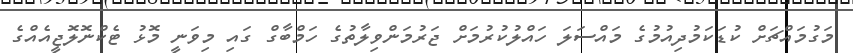
މަގުމައްޗަށް ކުޑަކަމުދިއުމުގެ މައްސަލަ ހައްލުކުރުމަށް ޖަރުމަންވިލާތުގެ ހަމްބާގް ގައި މިވަނީ މޮޅު ޓެކްނޮލޮޖީއެއްގެ